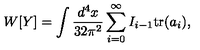
W [ Y ] = \int \frac { d ^ { 4 } x } { 3 2 \pi ^ { 2 } } \sum _ { i = 0 } ^ { \infty } I _ { i - 1 } \mathrm { t r } ( a _ { i } ) ,